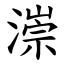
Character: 漴